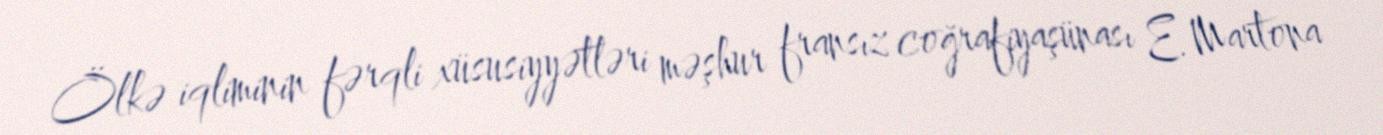
Ölkə iqliminin fərqli xüsusiyyətləri məşhur fransız coğrafiyaşünası E. Martona